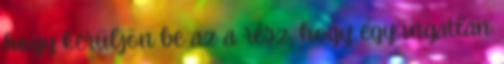
hogy kerüljön be az a rész, hogy egy ingatlan